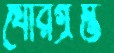
ঘোরগ্রস্ত